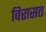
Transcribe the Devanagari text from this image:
विरासत